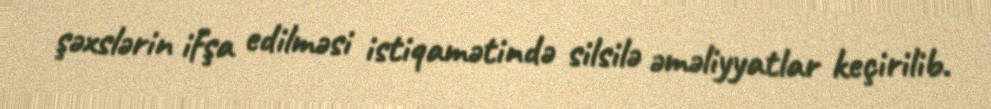
şəxslərin ifşa edilməsi istiqamətində silsilə əməliyyatlar keçirilib.